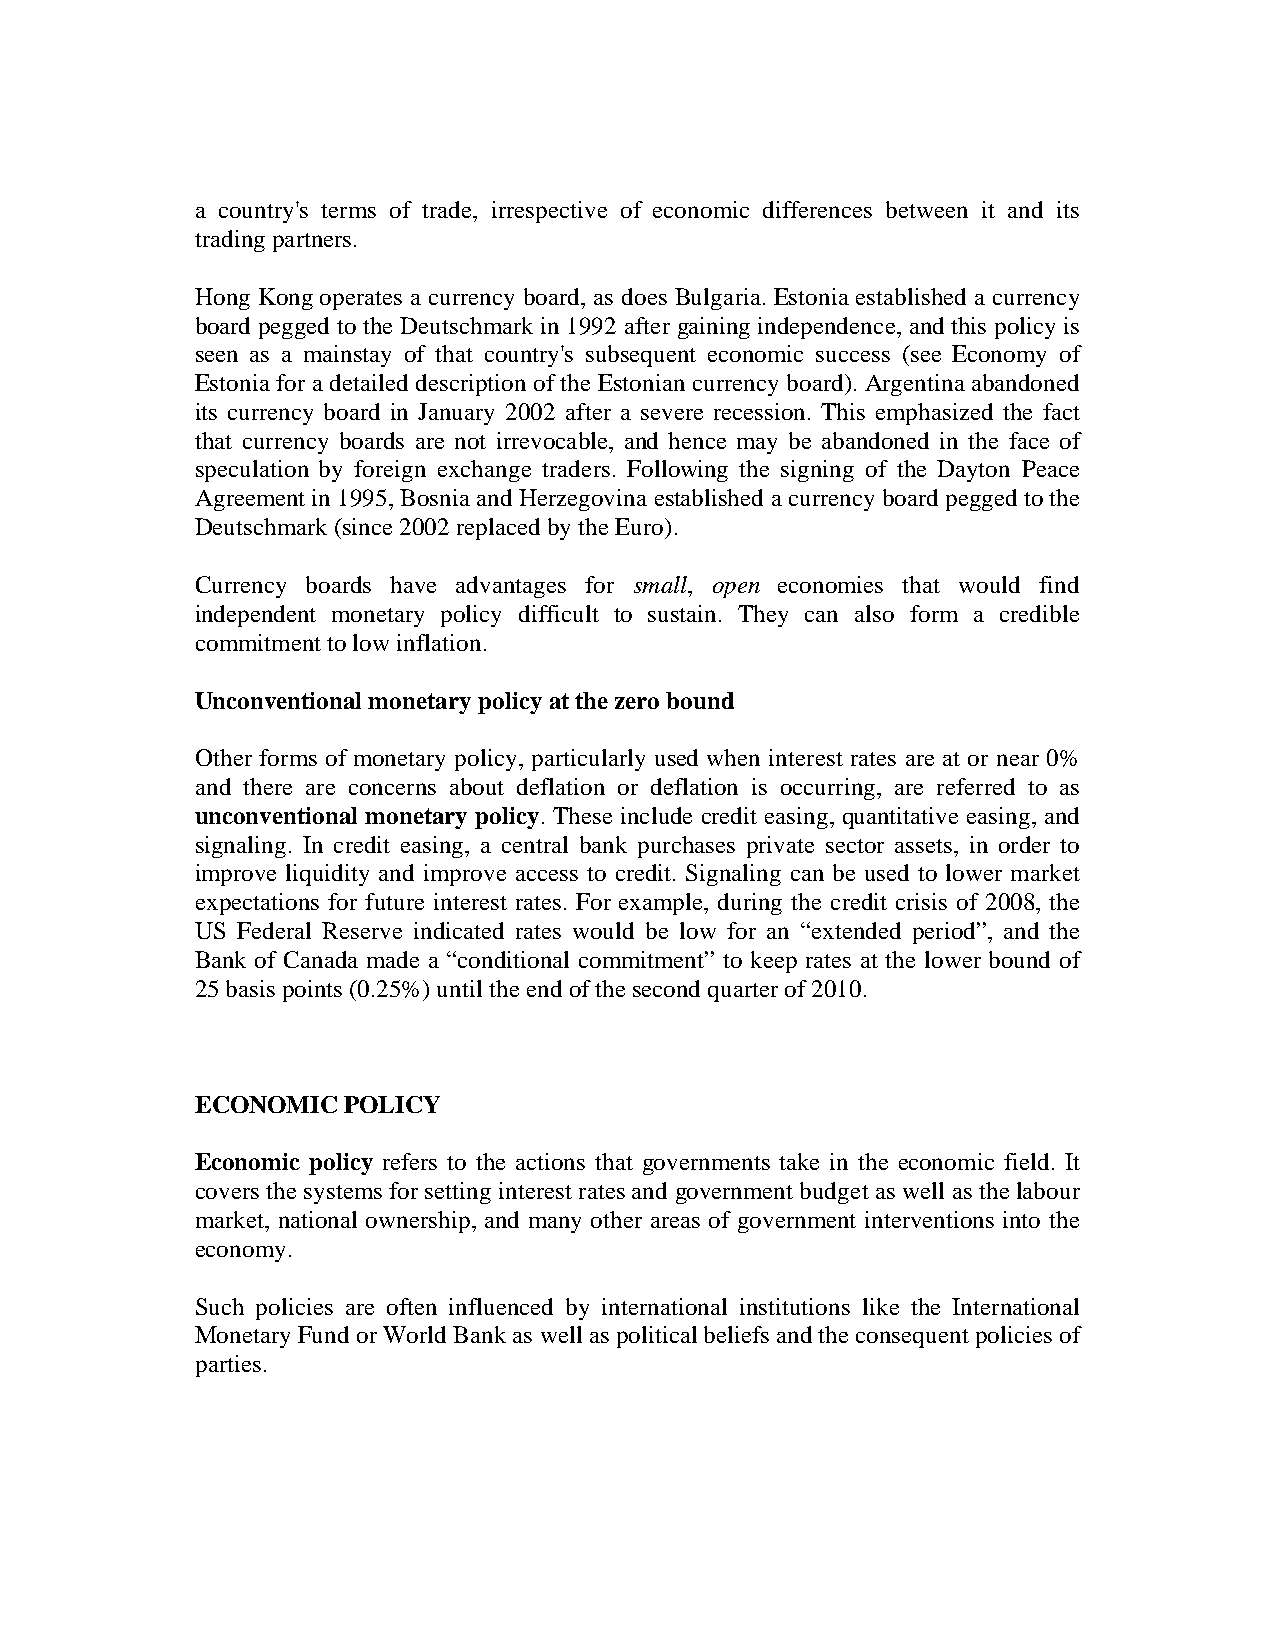
a country's terms of trade, irrespective of economic differences between it and its
 trading partners.
 Hong Kong operates a currency board, as does Bulgaria. Estonia established a currency
 board pegged to the Deutschmark in 1992 after gaining independence, and this policy is
 seen as a mainstay of that country's subsequent economic success (see Economy of
 Estonia for a detailed description of the Estonian currency board). Argentina abandoned
 its currency board in January 2002 after a severe recession. This emphasized the fact
 that currency boards are not irrevocable, and hence may be abandoned in the face of
 speculation by foreign exchange traders. Following the signing of the Dayton Peace
 Agreement in 1995, Bosnia and Herzegovina established a currency board pegged to the
 Deutschmark (since 2002 replaced by the Euro).
 Currency boards have advantages for small, open economies that would find
 independent monetary policy difficult to sustain. They can also form a credible
 commitment to low inflation.
 Unconventional monetary policy at the zero bound
 Other forms of monetary policy, particularly used when interest rates are at or near 0%
 and there are concerns about deflation or deflation is occurring, are referred to as
 unconventional monetary policy. These include credit easing, quantitative easing, and
 signaling. In credit easing, a central bank purchases private sector assets, in order to
 improve liquidity and improve access to credit. Signaling can be used to lower market
 expectations for future interest rates. For example, during the credit crisis of 2008, the
 US Federal Reserve indicated rates would be low for an “extended period”, and the
 Bank of Canada made a “conditional commitment” to keep rates at the lower bound of
 25 basis points (0.25%) until the end of the second quarter of 2010.
 ECONOMIC  POLICY
 Economic policy refers to the actions that governments take in the economic field. It
 covers the systems for setting interest rates and government budget as well as the labour
 market, national ownership, and many other areas of government interventions into the
 economy.
 Such policies are often influenced by international institutions like the International
 Monetary Fund or World Bank as well as political beliefs and the consequent policies of
 parties.